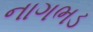
નાગભડ